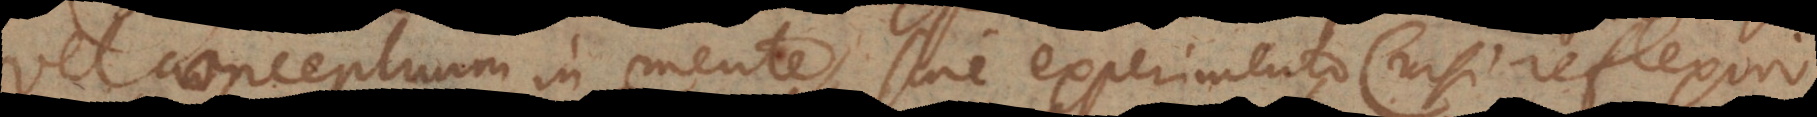
vel conceptuum in mente, sine experimento (nisi reflexivo